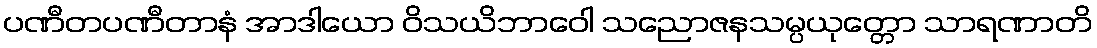
ပဏီတပဏီတာနံ အာဒါယော ဝိသယိဘာဝေါ သညောဇနသမ္ပယုတ္တော သာရဏာတိ